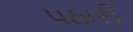
પઠારી